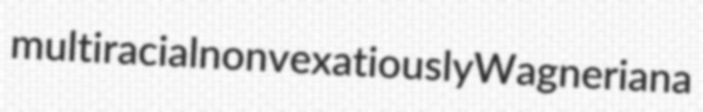
multiracial nonvexatiously Wagneriana